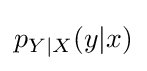
p_{Y|X}(y|x)